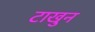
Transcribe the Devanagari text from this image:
टाखुन